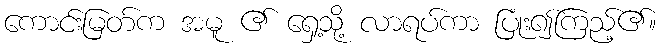
ကောင်းမြတ်က အမူ ၏ ရှေ့သို့ လာရပ်ကာ ပြုံး၍ကြည့်၏။